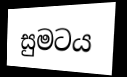
සුමටය